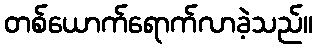
တစ်ယောက်ရောက်လာခဲ့သည်။